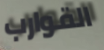
القوارب